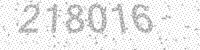
Solution: 218016